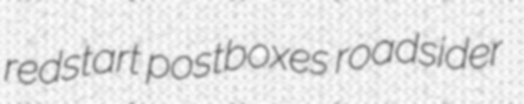
redstart postboxes roadsider